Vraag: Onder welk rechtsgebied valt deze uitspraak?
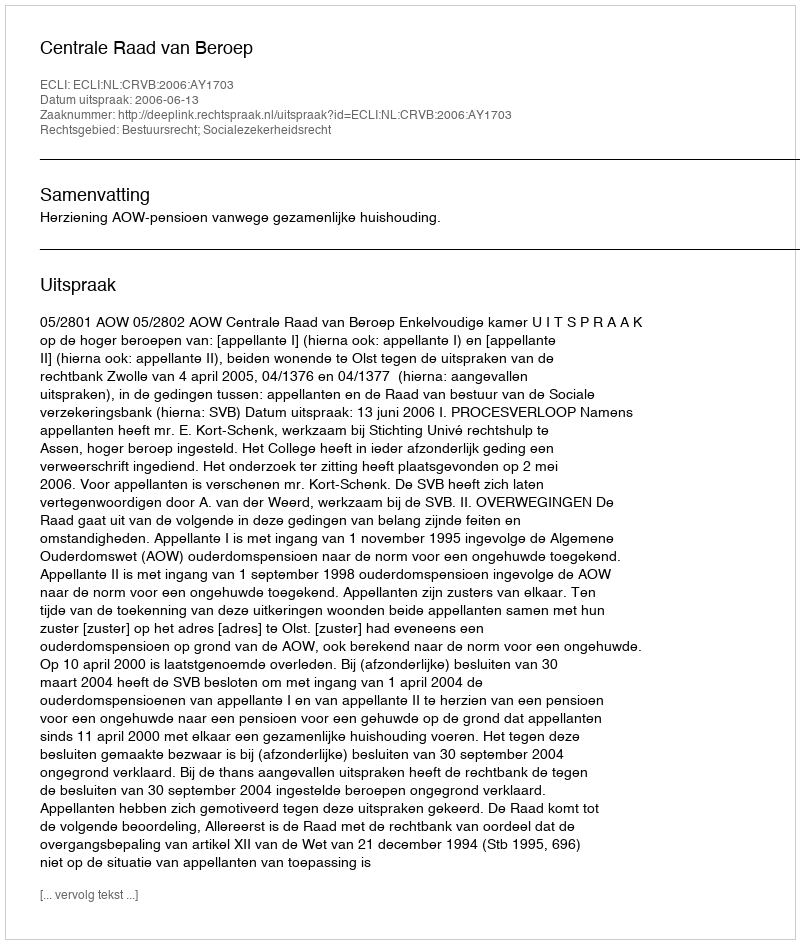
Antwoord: Bestuursrecht; Socialezekerheidsrecht